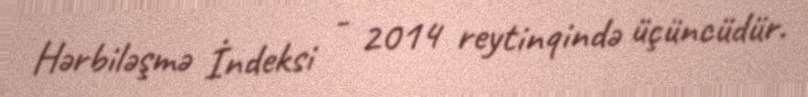
Hərbiləşmə İndeksi - 2014 reytinqində üçüncüdür.